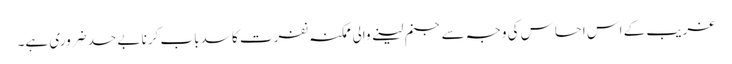
غریب کے اس احساس کی وجہ سے جنم لینے والی ممکنہ نفرت کا سدباب کرنا بے حد ضروری ہے۔